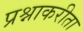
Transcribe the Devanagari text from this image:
प्रश्नाकरीता